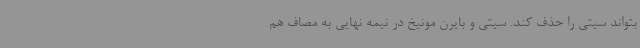
بتواند سیتی را حذف کند. سیتی و بایرن مونیخ در نیمه نهایی به مصاف هم